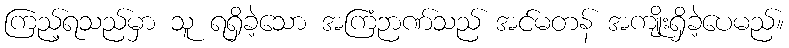
ကြည့်ရသည်မှာ သူ ရရှိခဲ့သော အကြံဉာဏ်သည် အင်မတန် အကျိုးရှိခဲ့ပေမည်။